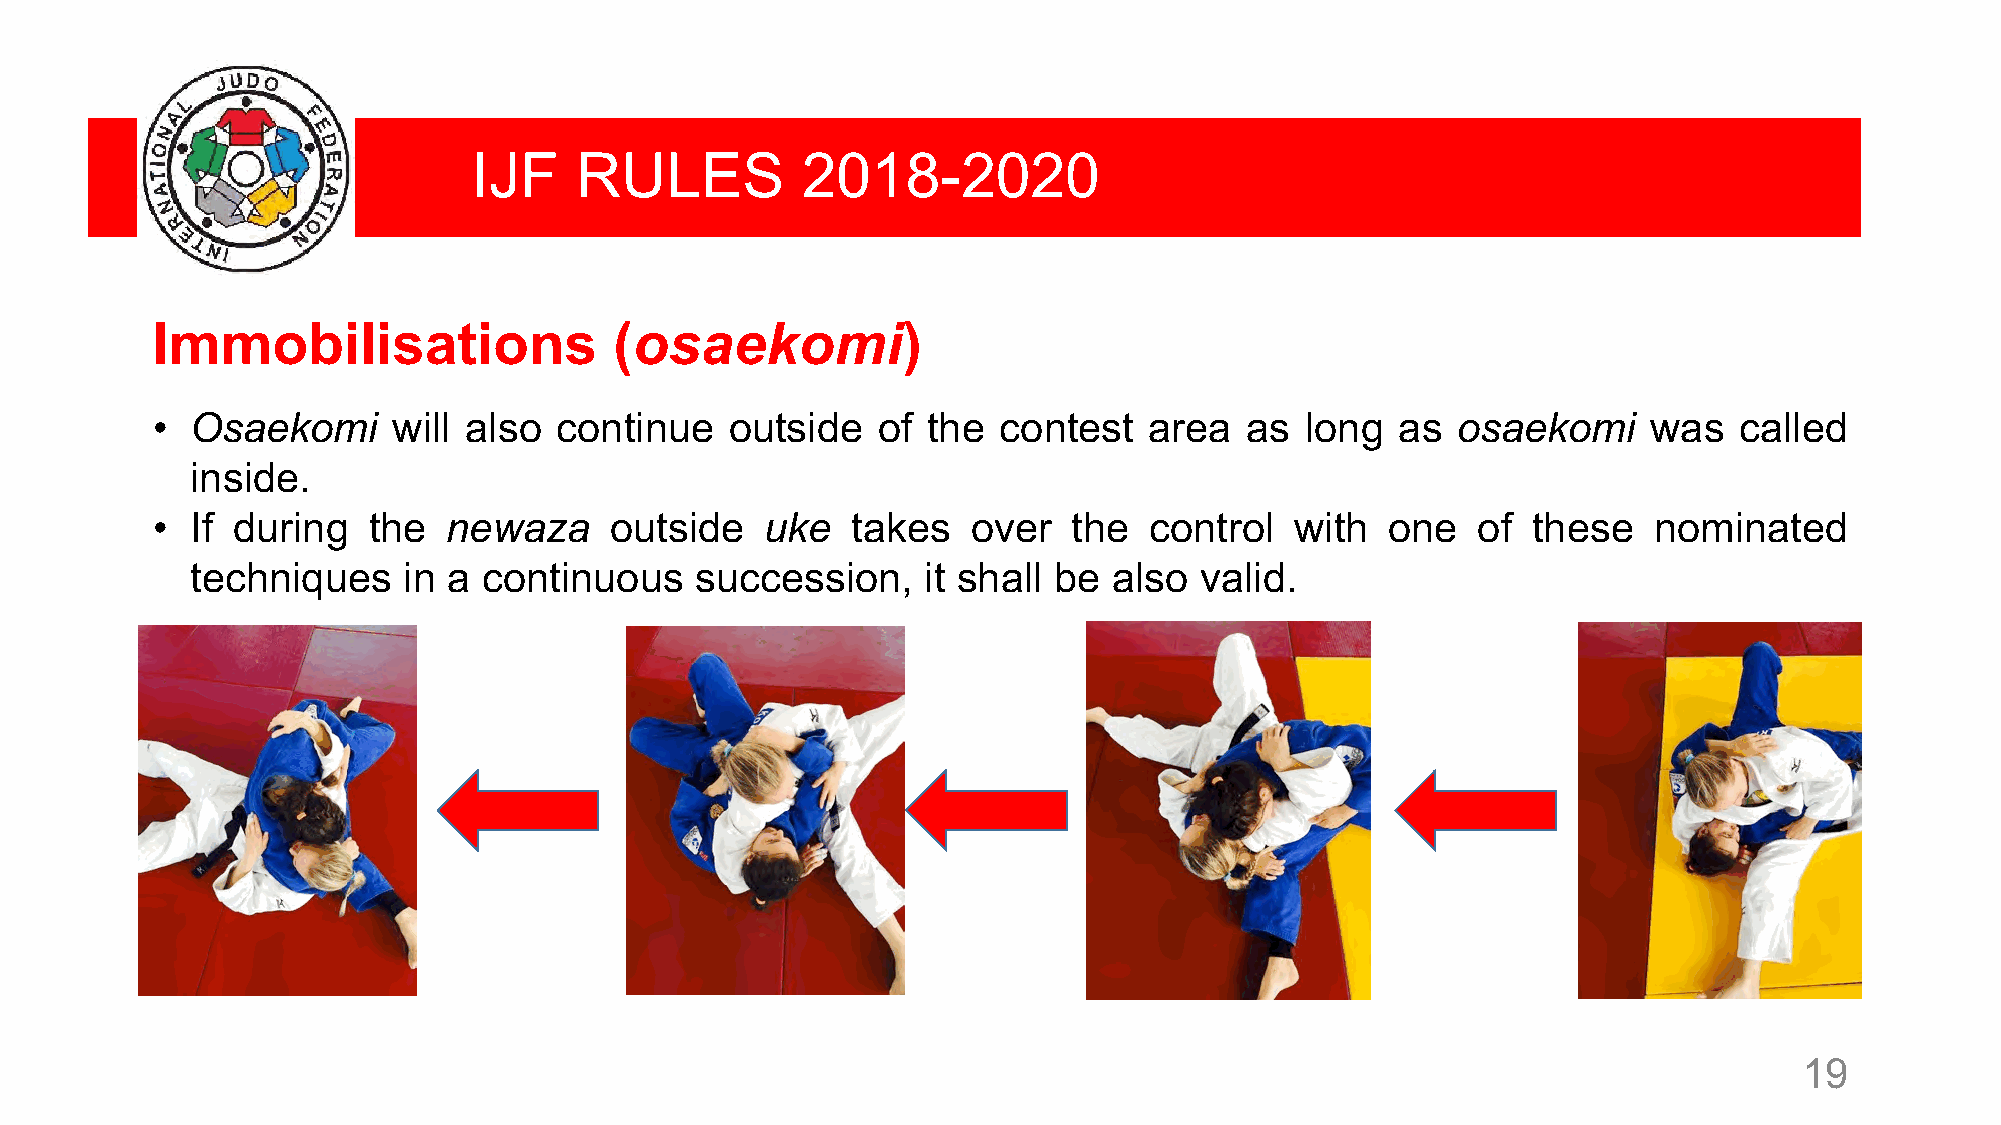
IJF    RULES          2018-2020
 Immobilisations                (osaekomi)
 •  Osaekomi     will also  continue   outside   of the  contest   area  as  long   as osaekomi     was   called
 inside.
 •  If during  the   newaza    outside    uke  takes   over   the  control   with  one   of these   nominated
 techniques    in a continuous    succession,    it shall be  also valid.
 19